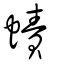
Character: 𧐐